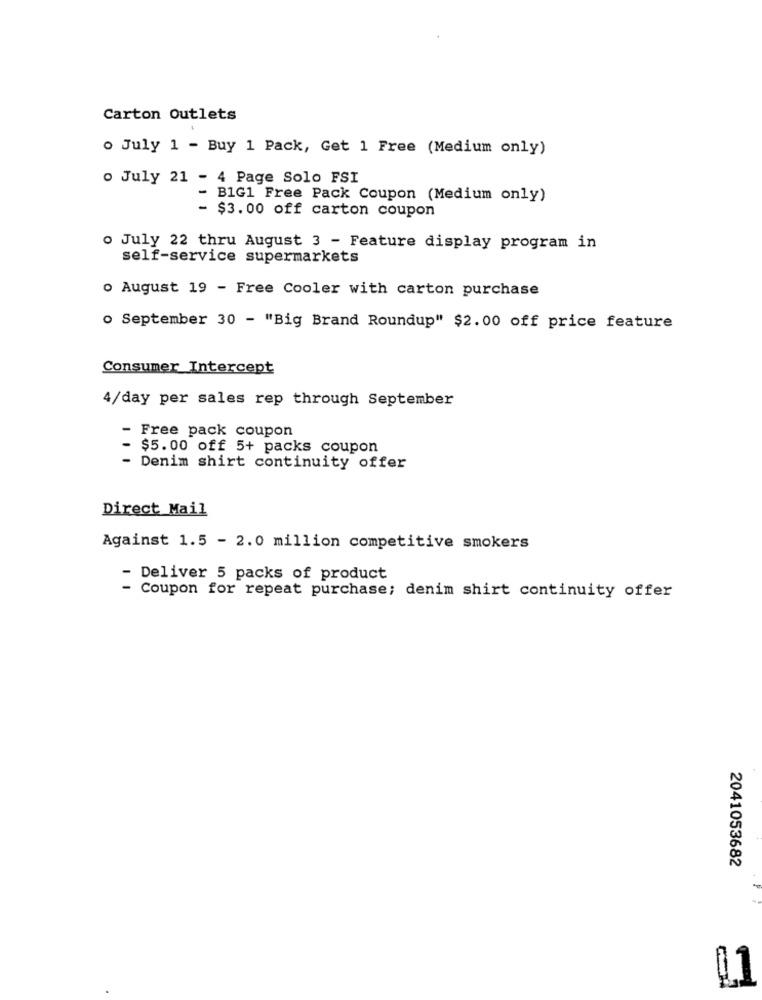
Carton Outlets
o July 1 - Buy 1 Pack, Get 1 Free (Medium only)
o July 21 - 4 Page Solo FSI
- B1G1 Free Pack Coupon (Medium only)
- $3.00 off carton coupon
o July 22 thru August 3 - Feature display program in
self-service supermarkets
o August 19 - Free Cooler with carton purchase
. September 30 - "Big Brand Roundup" $2.00 off price feature
Consumer Intercept
4/day per sales rep through September
Free pack coupon
$5.00 off 5+ packs coupon
- Denim shirt continuity offer
Direct Mail
Against 1.5 - 2.0 million competitive smokers
- Deliver 5 packs of product
- Coupon for repeat purchase; denim shirt continuity offer
2041053682
01